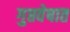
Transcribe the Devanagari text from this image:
गुप्तवेषात